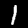
Digit: 1